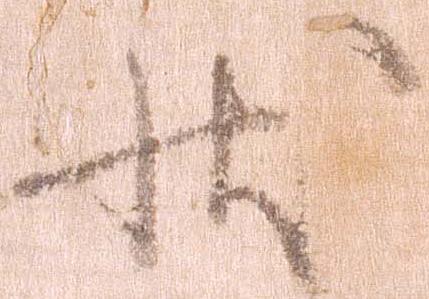
状